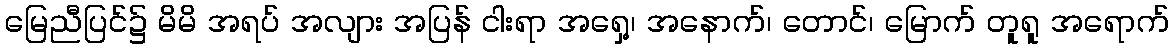
မြေညီပြင်၌ မိမိ အရပ် အလျား အပြန် ငါးရာ အရှေ့၊ အနောက်၊ တောင်၊ မြောက် တူရူ အရောက်